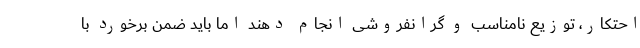
احتکار، توزیع نامناسب و گرانفروشی انجام دهند اما باید ضمن برخورد با